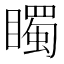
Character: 𥋛